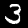
Digit: 3